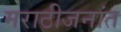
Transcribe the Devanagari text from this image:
मराठीजनांत